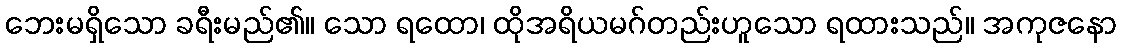
ဘေးမရှိသော ခရီးမည်၏။ သော ရထော၊ ထိုအရိယမဂ်တည်းဟူသော ရထားသည်။ အကုဇနော